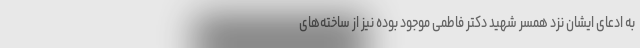
به ادعای ایشان نزد همسر شهید دکتر فاطمی موجود بوده نیز از ساخته‌های